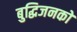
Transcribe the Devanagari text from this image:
बुद्धिजनको